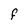
Character: F